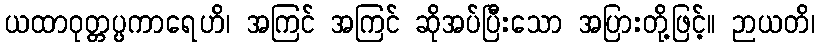
ယထာဝုတ္တပ္ပကာရေဟိ၊ အကြင် အကြင် ဆိုအပ်ပြီးသော အပြားတို့ဖြင့်။ ဉာယတိ၊